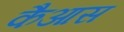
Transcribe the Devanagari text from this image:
कैआस